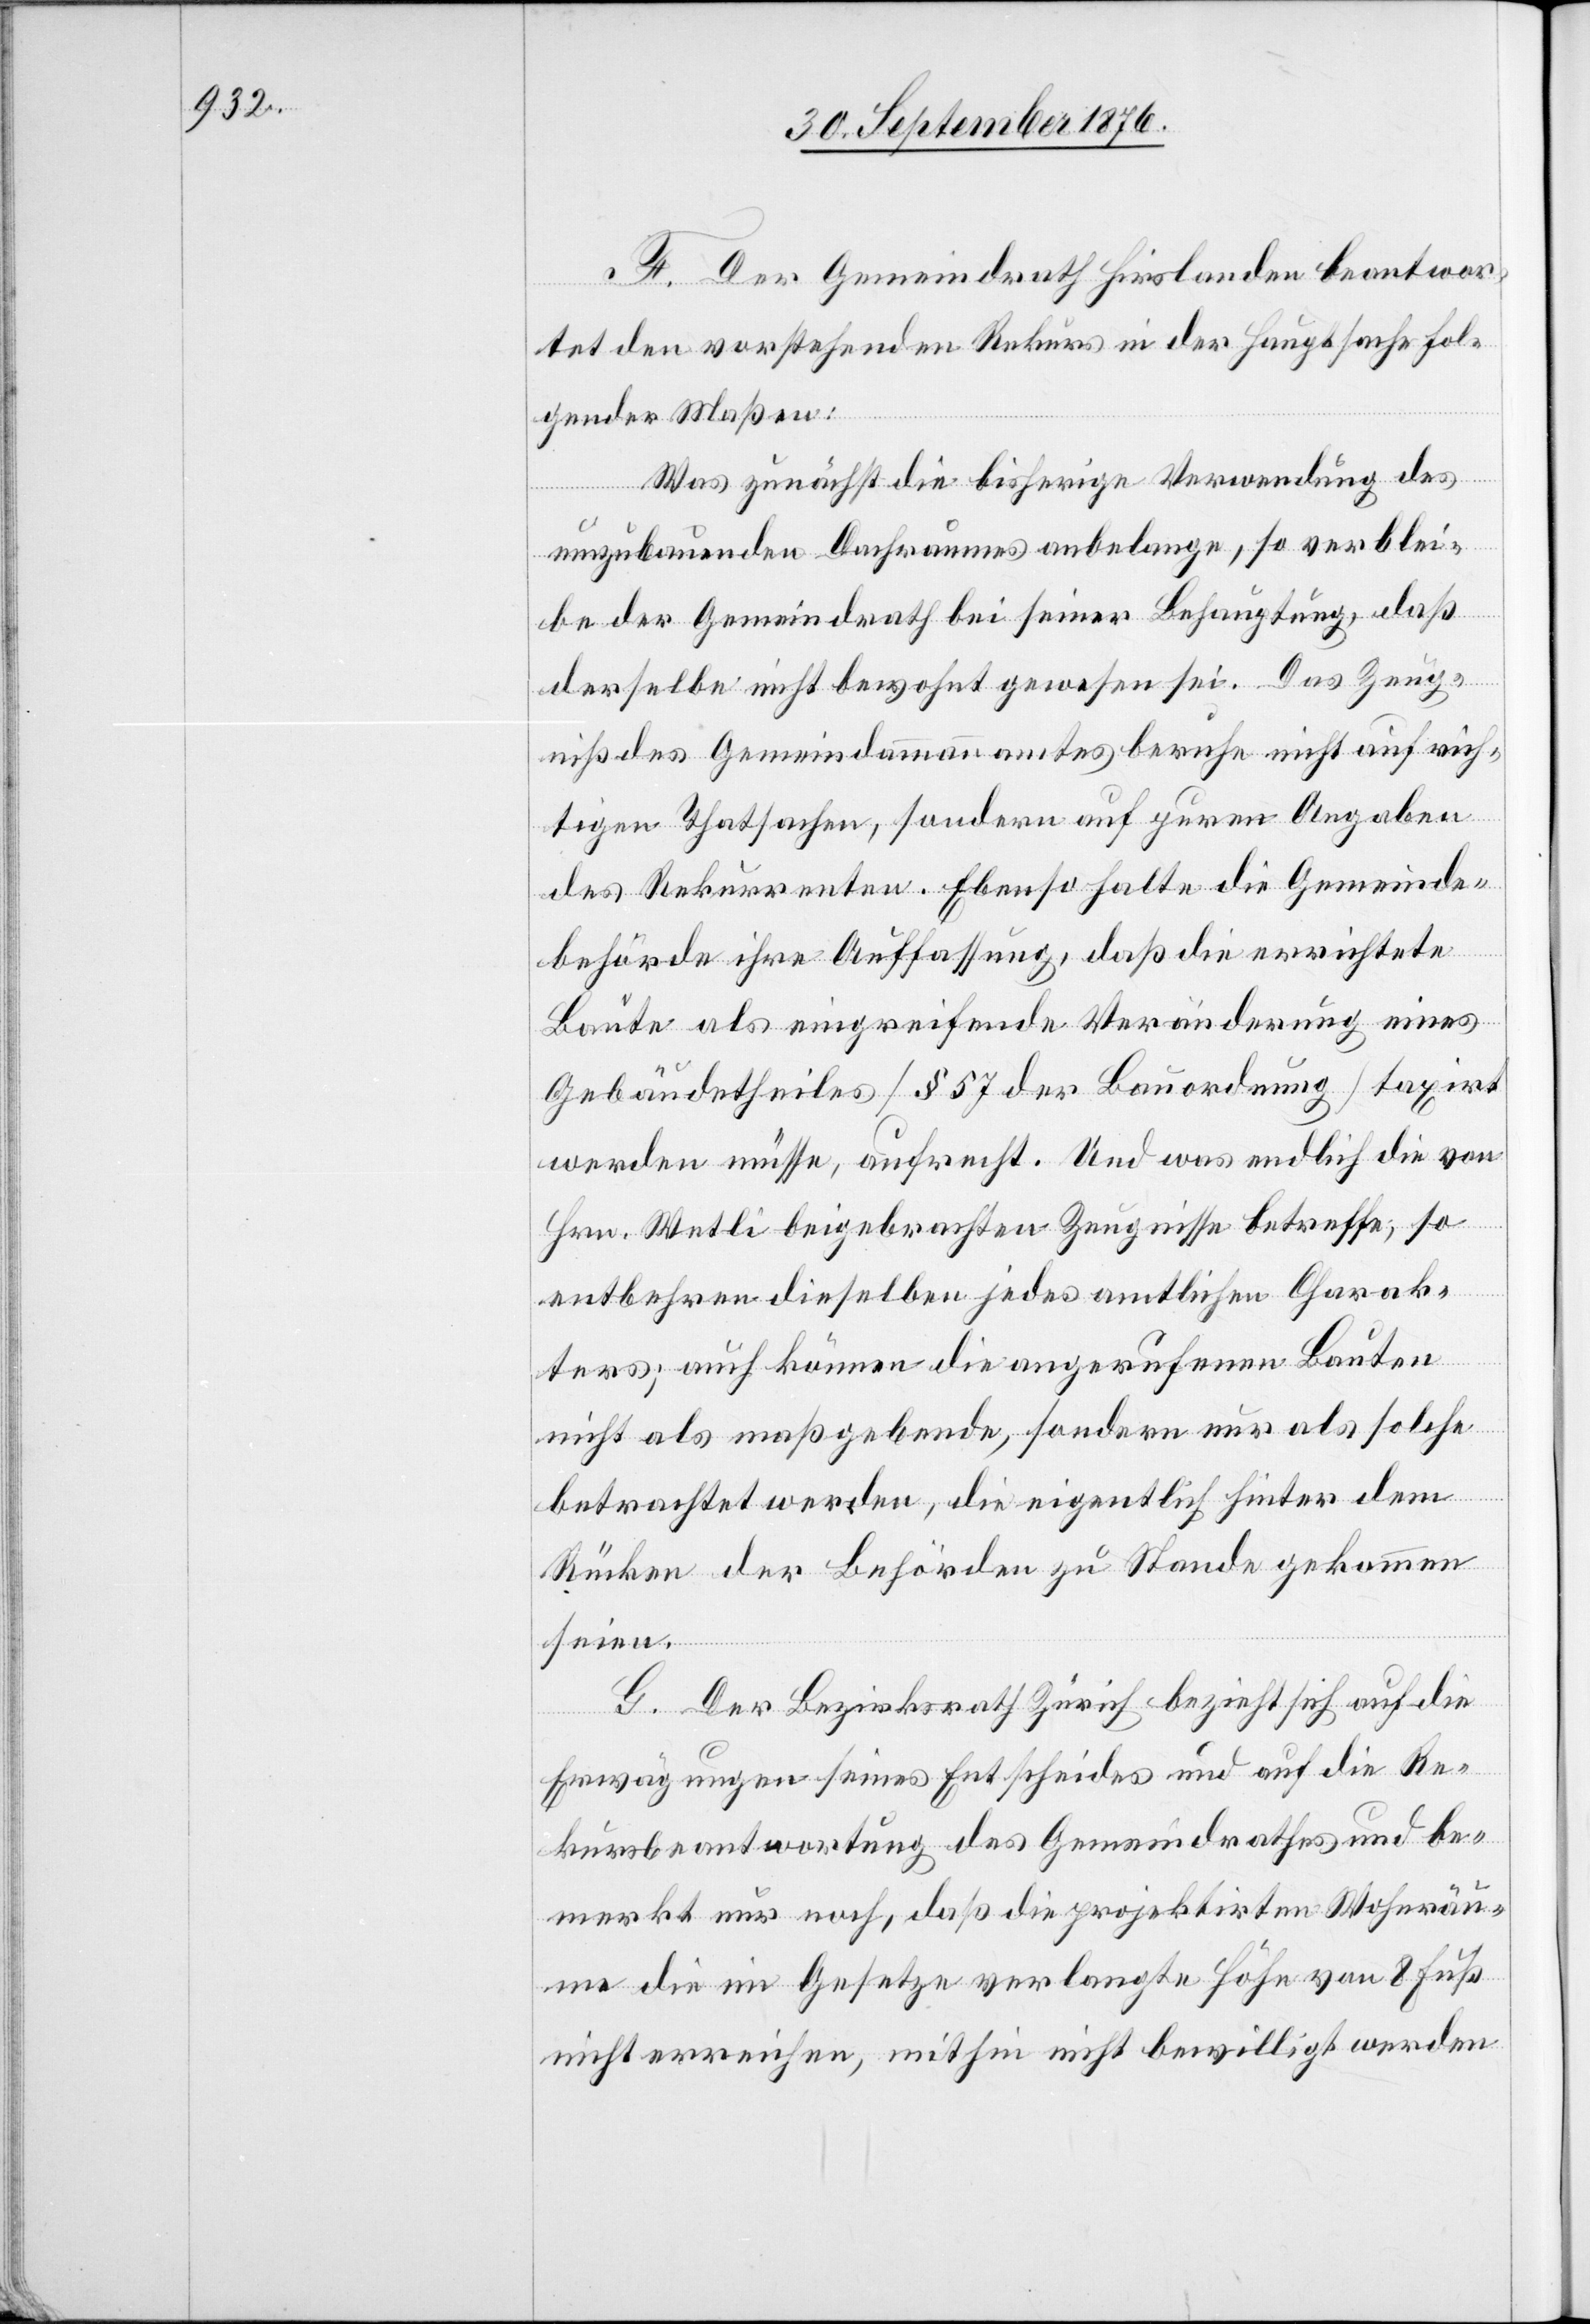
F. Der Gemeindrath Hirslanden beantwor¬
tet den vorstehenden Rekurs in der Hauptsache fol¬
gender Maßen:
Was zunächst die bisherige Verwendung des
umzubauenden Dachraumes anbelange, so verblei¬
be der Gemeindrath bei seiner Behauptung, daß
derselbe nicht bewohnt gewesen sei. Das Zeug¬
niß des Gemeindammannamtes beruhe nicht auf rich¬
tigen Thatsachen, sondern auf puren Angaben
des Rekurrenten. Ebenso halte die Gemeinde¬
behörde ihre Auffassung, daß die errichtete
Baute als eingreifende Veränderung eines
Gebäudetheiles [§ 57 der Bauordnung] taxirt
werden müsse, aufrecht. Und was endlich die von
Hrn. Wetli beigebrachten Zeugnisse betreffe, so
entbehren dieselben jedes amtlichen Charak¬
ters; auch können die angerufenen Bauten
nicht als maßgebende, sondern nur als solche
betrachtet werden, die eigentlich hinter dem
Rücken der Behörden zu Stande gekommen
seien.
G. Der Bezirksrath Zürich bezieht sich auf die
Erwägungen seines Entscheides und auf die Re¬
kursbeantwortung des Gemeindrathes und be¬
merkt nur noch, daß die projektirten Wohnräu¬
me die im Gesetze verlangte Höhe von 8 Fuß
nicht erreichen, mithin nicht bewilligt werden